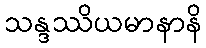
သန္ဒဿိယမာနာနိ